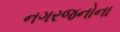
નગરજનોના